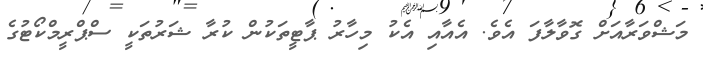
މަޝްވަރާއަށް ގޮވާލާފަ އެވެ. އެއާއި އެކު މިހާރު ޕާޓީތަކުން ކުރާ ޝަރުތަކީ ސްޕްރީމްކޯޓުގެ